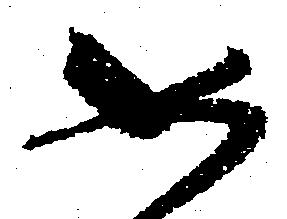
如